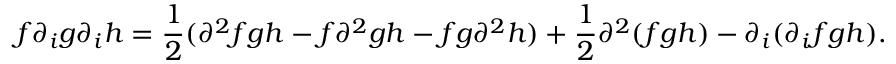
f \partial _ { i } g \partial _ { i } h = \frac { 1 } { 2 } ( \partial ^ { 2 } f g h - f \partial ^ { 2 } g h - f g \partial ^ { 2 } h ) + \frac { 1 } { 2 } \partial ^ { 2 } ( f g h ) - \partial _ { i } ( \partial _ { i } f g h ) .